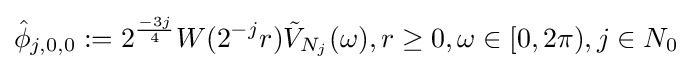
{\hat {\phi }}_{j,0,0}:=2^{\frac {-3j}{4}}W(2^{-j}r){\tilde {V}}_{N_{j}}(\omega ),r\geq 0,\omega \in [0,2\pi ),j\in N_{0}